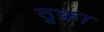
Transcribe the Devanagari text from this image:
ठुक्रा